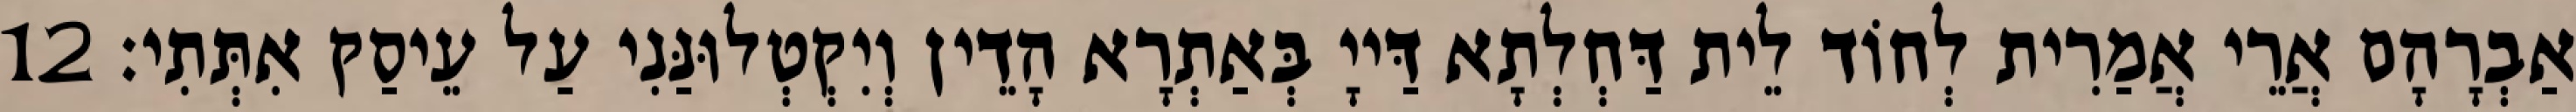
אַבְרָהָם אֲרֵי אֲמַרִית לְחוֹד לֵית דַּחְלְתָא דַּייָ בְּאַתְרָא הָדֵין וְיִקְטְלוּנַּנִי עַל עֵיסַק אִתְּתִי׃ 12